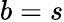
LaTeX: b=s